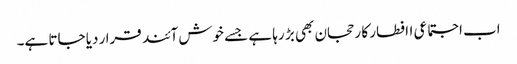
اب اجتماعی اافطار کا رحجان بھی بڑ رہا ہے جسے خوش آئند قرا ر دیا جاتا ہے۔